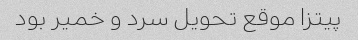
پیتزا موقع تحویل سرد و خمیر بود